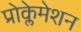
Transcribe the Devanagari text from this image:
प्रोक्लेमेशन